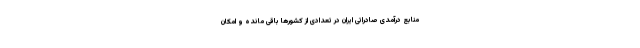
منابع درآمدی صادراتی ایران در تعدادی از کشورها باقی مانده و امکان